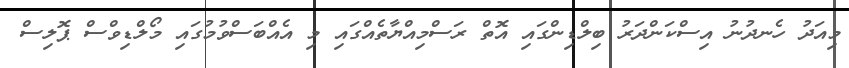
މިއަދު ހެނދުނު އިސްކަންދަރު ބިލްޑިންގައި އޮތް ރަސްމިއްޔާތެއްގައި މި އެއްބަސްވުމުގައި މޯލްޑިވްސް ޕޮލިސް